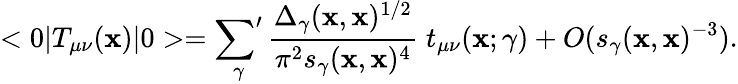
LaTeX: <0|T_{\mu\nu}(\mathbf{x})|0>=\mathop{{\sum}^{\prime}}_{\gamma}{\frac{{\Delta_{\gamma}(\mathbf{x},\mathbf{x})^{1/2}}}{{\pi^{2}s_{\gamma}(\mathbf{x},\mathbf{x})^{4}}}}\; t_{\mu\nu}(\mathbf{x};\gamma)+O(s_{\gamma}(\mathbf{x},\mathbf{x})^{-3}).